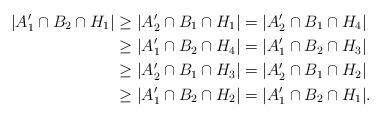
LaTeX: \begin{align*} |A'_1\cap B_2\cap H_1| {}&{}\geq |A'_2\cap B_1\cap H_1|=|A'_2\cap B_1\cap H_4|\\ {}&{}\geq |A'_1\cap B_2\cap H_4|=|A'_1\cap B_2\cap H_3|\\ {}&{}\geq |A'_2\cap B_1\cap H_3|=|A'_2\cap B_1\cap H_2|\\ {}&{}\geq |A'_1\cap B_2\cap H_2|=|A'_1\cap B_2\cap H_1|.\end{align*}